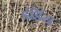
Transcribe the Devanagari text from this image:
इंडिरा